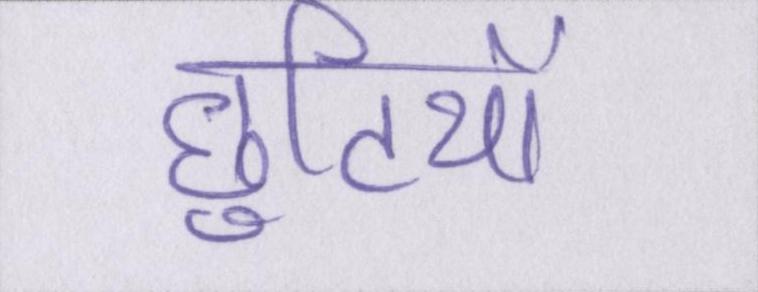
छुटियों